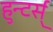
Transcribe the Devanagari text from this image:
हुन्टर्स्